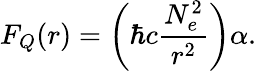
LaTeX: F_{Q}(r)=\left(\hbar c\frac{N_{e}^{2}}{r^{2}}\right)\alpha.